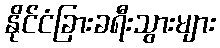
နိုင်ငံခြားခရီးသွားများ